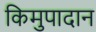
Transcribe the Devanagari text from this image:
किमुपादान